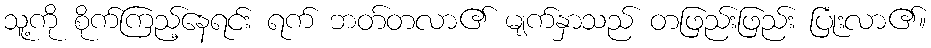
သူ့ကို စိုက်ကြည့်နေရင်း ရက် ဘတ်တလာ၏ မျက်နှာသည် တဖြည်းဖြည်း ပြုံးလာ၏။